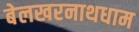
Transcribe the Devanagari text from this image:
बेलखरनाथधाम